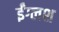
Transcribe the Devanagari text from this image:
ईंग्लश